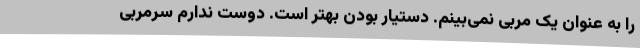
را به عنوان یک مربی نمی‌بینم. دستیار بودن بهتر است. دوست ندارم سرمربی